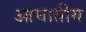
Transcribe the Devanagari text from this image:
आघातीय